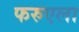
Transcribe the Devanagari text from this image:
फरुएला